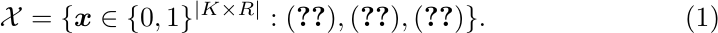
\begin{equation}
    \mathcal{X} = \{\boldsymbol{x} \in \{0,1\}^{|K \times R|} :
                    \eqref{eq:con_incremental},
                    \eqref{eq:con_inexorable},
                    \eqref{eq:con_resource_hi}\}. \label{eq:resilience_X}
\end{equation}